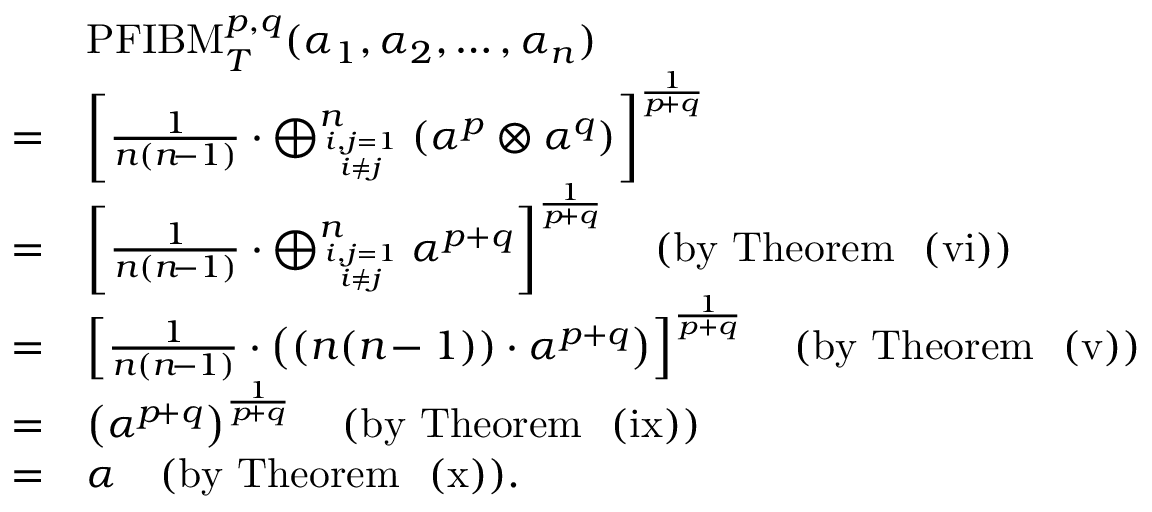
\begin{array} { r l } & { \mathrm { P F I B M } _ { T } ^ { p , q } ( \alpha _ { 1 } , \alpha _ { 2 } , \ldots , \alpha _ { n } ) } \\ { = } & { \left[ \frac { 1 } { n ( n \! - 1 ) } \cdot \bigoplus _ { i , j = 1 \atop i \neq j } ^ { n } \left( \alpha ^ { p } \otimes \alpha ^ { q } \right) \right] ^ { \frac { 1 } { p \! + q } } } \\ { = } & { \left[ \frac { 1 } { n ( n \! - 1 ) } \cdot \bigoplus _ { i , j = 1 \atop i \neq j } ^ { n } \alpha ^ { p + q } \right] ^ { \frac { 1 } { p \! + q } } \quad \mathrm { ( b y ~ T h e o r e m ~ ~ ( v i ) ) } } \\ { = } & { \left[ \frac { 1 } { n ( n \! - 1 ) } \cdot \left( \left( n ( n \! - 1 ) \right) \cdot \alpha ^ { p + q } \right) \right] ^ { \frac { 1 } { p + q } } \quad \mathrm { ( b y ~ T h e o r e m ~ ~ ( v ) ) } } \\ { = } & { \left( \alpha ^ { p \! + q } \right) ^ { \frac { 1 } { p \! + q } } \quad \mathrm { ( b y ~ T h e o r e m ~ ~ ( i x ) ) } } \\ { = } & { \alpha \quad \mathrm { ( b y ~ T h e o r e m ~ ~ ( x ) ) } . } \end{array}